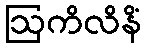
ဩကိလိနိံ